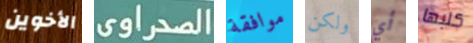
الأخوين الصحراوى موافقة ولكن أي كلبها